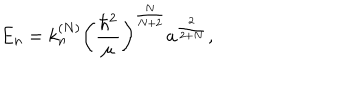
E _ { n } = k _ { n } ^ { ( N ) } \left( \frac { \hbar ^ { 2 } } \mu \right) ^ { \frac N { N + 2 } } a ^ { \frac 2 { 2 + N } } ,